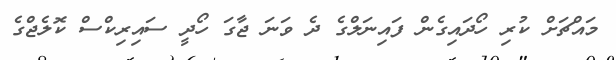
މައްޗަށް ކުރި ހޯދައިގެން ފައިނަލްގެ ދެ ވަނަ ޖާގަ ހޯދީ ސައިރިކްސް ކޮލެޖްގެ